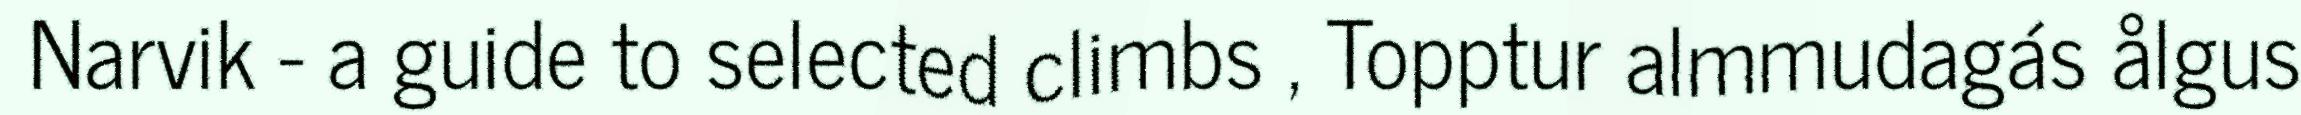
Narvik - a guide to selected climbs , Topptur almmudagás ålgus